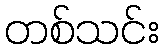
တစ်သင်း